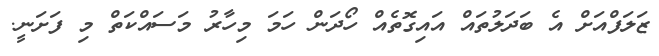
ޒަލަފްއަށް އެ ބަދަލުތައް އައިގޮތެއް ހޯދަން ހަމަ މިހާރު މަސައްކަތް މި ފަށަނީ.